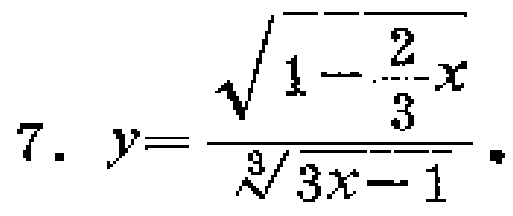
7. \(y = \frac{\sqrt{1 - \frac{2}{3}x}}{\sqrt[3]{3x - 1}}\)